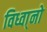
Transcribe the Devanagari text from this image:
विध्वा्नो